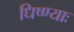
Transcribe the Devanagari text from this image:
धिष्ण्याः